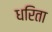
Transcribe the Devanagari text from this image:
धरिता